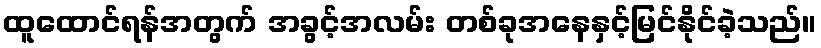
ထူထောင်ရန်အတွက် အခွင့်အလမ်း တစ်ခုအနေနှင့်မြင်နိုင်ခဲ့သည်။